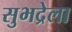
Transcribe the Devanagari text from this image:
सुभद्रेला